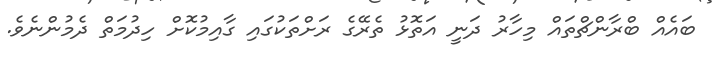
ބައެއް ބްރާންޗްތައް މިހާރު ދަނީ އަތޮޅު ތެރޭގެ ރަށްތަކުގައި ގާއިމުކޮށް ހިދުމަތް ދެމުންނެވެ.